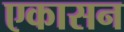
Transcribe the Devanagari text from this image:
एकासन